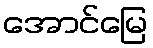
အောင်မြေ